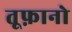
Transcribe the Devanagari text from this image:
तूफ़ानो